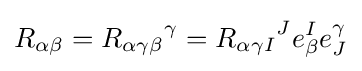
R_{\alpha \beta }={R_{\alpha \gamma \beta }}^{\gamma }={R_{\alpha \gamma I}}^{J}e_{\beta }^{I}e_{J}^{\gamma }